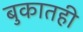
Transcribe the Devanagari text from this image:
बुकातही